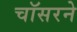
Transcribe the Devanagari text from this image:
चॉसरने